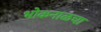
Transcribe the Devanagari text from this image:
भोकनाळचा